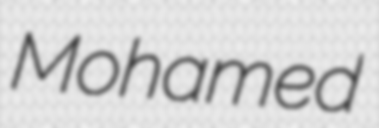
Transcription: Mohamed